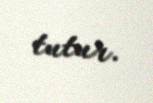
tutur.